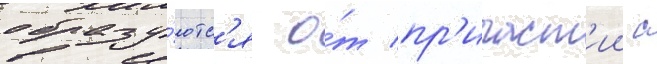
образу́ютс'я о́т пр'ичаст'ии с